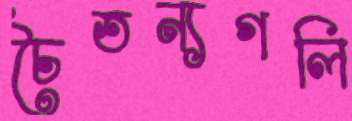
চৈতন্যগলি